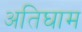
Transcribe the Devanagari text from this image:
अतिघाम